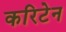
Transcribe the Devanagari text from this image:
करिटेन